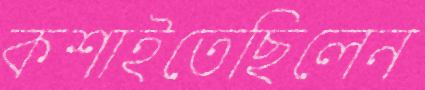
কশাইতেছিলেন